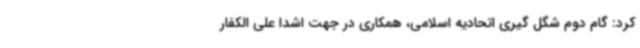
کرد: گام دوم شگل گیری اتحادیه اسلامی، همکاری در جهت اشدا علی الکفار